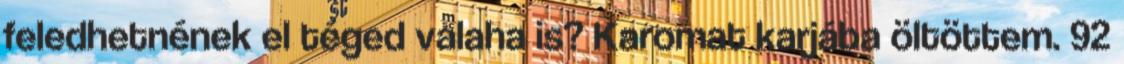
feledhetnének el téged valaha is? Karomat karjába öltöttem. 92